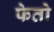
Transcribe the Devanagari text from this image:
फेतो